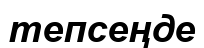
тепсеңде